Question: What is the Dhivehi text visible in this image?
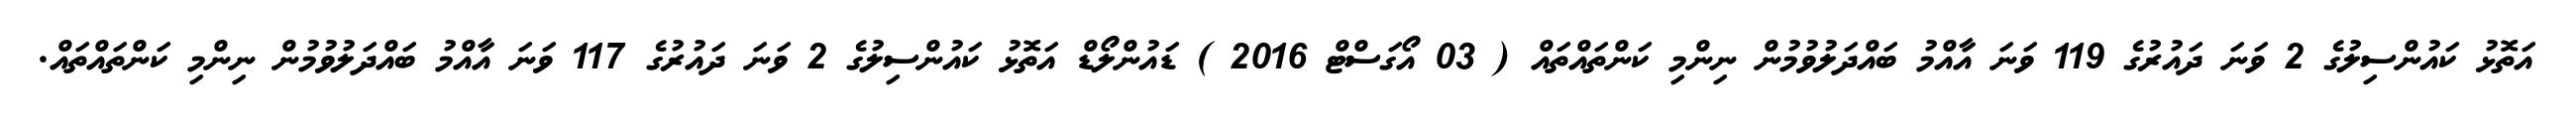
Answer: އަތޮޅު ކައުންސިލުގެ 2 ވަނަ ދައުރުގެ 119 ވަނަ އާއްމު ބައްދަލުވުމުން ނިންމި ކަންތައްތައް ( 03 އޯގަސްޓް 2016 ) ޑައުންލޯޑް އަތޮޅު ކައުންސިލުގެ 2 ވަނަ ދައުރުގެ 117 ވަނަ އާއްމު ބައްދަލުވުމުން ނިންމި ކަންތައްތައް.